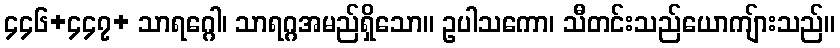
၄၄၆+၄၄၇+ သာရဂ္ဂေါ၊ သာရဂ္ဂအမည်ရှိသော။ ဥပါသကော၊ သီတင်းသည်ယောကျ်ားသည်။